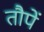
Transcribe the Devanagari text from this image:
तौपें